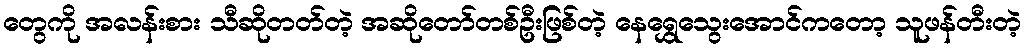
တွေကို အလန်းစား သီဆိုတတ်တဲ့ အဆိုတော်တစ်ဦးဖြစ်တဲ့ နေရွှေသွေးအောင်ကတော့ သူဖန်တီးတဲ့